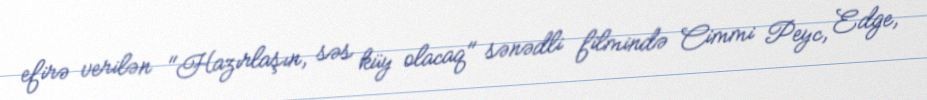
efirə verilən "Hazırlaşın, səs küy olacaq" sənədli filmində Cimmi Peyc, Edge,